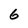
Character: 6